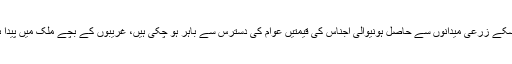
پاکستان ایک زرعی ملک ہے مگر اسکے زرعی میدانوں سے حاصل ہونیوالی اجناس کی قیمتیں عوام کی دسترس سے باہر ہو چکی ہیں، غریبوں کے بچے ملک میں پیدا ہونے والے پھلوں کیلئے ترستے ہیں۔